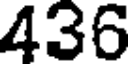
436